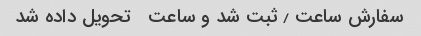
سفارش ساعت ٫ ثبت شد و ساعت   تحویل داده شد